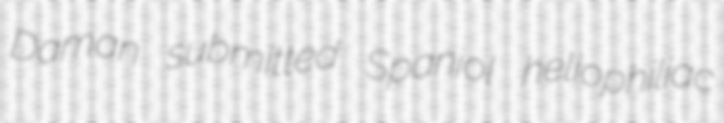
Daman submitted Spaniol heliophiliac